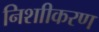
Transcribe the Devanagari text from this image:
निशाीकरण